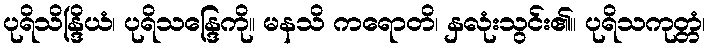
ပုရိသိန္ဒြိယံ၊ ပုရိသန္ဒြေကို။ မနသိ ကရောတိ၊ နှလုံးသွင်း၏။ ပုရိသကုတ္တံ၊